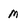
Character: M